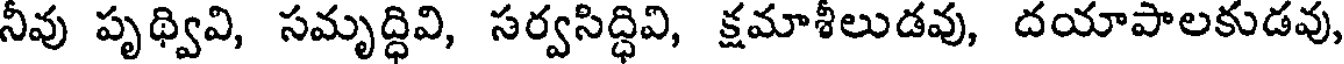
నీవు పృథ్వివి, సమృద్ధివి, సర్వసిద్ధివి, క్షమాశీలుడవు, దయాపాలకుడవు,